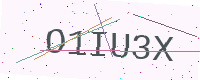
Text: O1IU3X